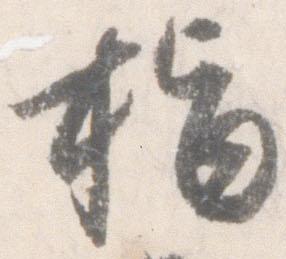
指